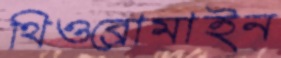
থিওব্রোমাইন